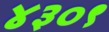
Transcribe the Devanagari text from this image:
४३०९